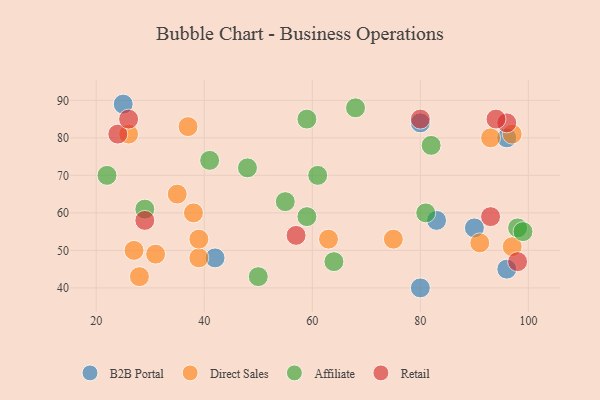
{"axis": {"x": "GDP", "y": "Life Expectancy"}, "legend": ["Affiliate", "B2B Portal", "Direct Sales", "Retail"], "data": [{"x": "83", "y": 58, "type": "B2B Portal"}, {"x": "96", "y": 45, "type": "B2B Portal"}, {"x": "80", "y": 84, "type": "B2B Portal"}, {"x": "25", "y": 89, "type": "B2B Portal"}, {"x": "90", "y": 56, "type": "B2B Portal"}, {"x": "80", "y": 40, "type": "B2B Portal"}, {"x": "96", "y": 80, "type": "B2B Portal"}, {"x": "42", "y": 48, "type": "B2B Portal"}, {"x": "93", "y": 80, "type": "Direct Sales"}, {"x": "35", "y": 65, "type": "Direct Sales"}, {"x": "28", "y": 43, "type": "Direct Sales"}, {"x": "27", "y": 50, "type": "Direct Sales"}, {"x": "38", "y": 60, "type": "Direct Sales"}, {"x": "91", "y": 52, "type": "Direct Sales"}, {"x": "39", "y": 48, "type": "Direct Sales"}, {"x": "97", "y": 51, "type": "Direct Sales"}, {"x": "75", "y": 53, "type": "Direct Sales"}, {"x": "31", "y": 49, "type": "Direct Sales"}, {"x": "63", "y": 53, "type": "Direct Sales"}, {"x": "37", "y": 83, "type": "Direct Sales"}, {"x": "97", "y": 81, "type": "Direct Sales"}, {"x": "39", "y": 53, "type": "Direct Sales"}, {"x": "26", "y": 81, "type": "Direct Sales"}, {"x": "98", "y": 56, "type": "Affiliate"}, {"x": "55", "y": 63, "type": "Affiliate"}, {"x": "64", "y": 47, "type": "Affiliate"}, {"x": "41", "y": 74, "type": "Affiliate"}, {"x": "29", "y": 61, "type": "Affiliate"}, {"x": "22", "y": 70, "type": "Affiliate"}, {"x": "50", "y": 43, "type": "Affiliate"}, {"x": "68", "y": 88, "type": "Affiliate"}, {"x": "59", "y": 85, "type": "Affiliate"}, {"x": "48", "y": 72, "type": "Affiliate"}, {"x": "82", "y": 78, "type": "Affiliate"}, {"x": "59", "y": 59, "type": "Affiliate"}, {"x": "61", "y": 70, "type": "Affiliate"}, {"x": "81", "y": 60, "type": "Affiliate"}, {"x": "99", "y": 55, "type": "Affiliate"}, {"x": "80", "y": 85, "type": "Retail"}, {"x": "29", "y": 58, "type": "Retail"}, {"x": "57", "y": 54, "type": "Retail"}, {"x": "93", "y": 59, "type": "Retail"}, {"x": "96", "y": 84, "type": "Retail"}, {"x": "24", "y": 81, "type": "Retail"}, {"x": "26", "y": 85, "type": "Retail"}, {"x": "98", "y": 47, "type": "Retail"}, {"x": "94", "y": 85, "type": "Retail"}]}